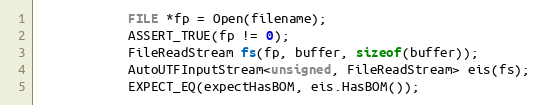
Language: C++
            FILE *fp = Open(filename);
            ASSERT_TRUE(fp != 0);
            FileReadStream fs(fp, buffer, sizeof(buffer));
            AutoUTFInputStream<unsigned, FileReadStream> eis(fs);
            EXPECT_EQ(expectHasBOM, eis.HasBOM());